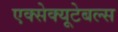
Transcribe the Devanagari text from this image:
एक्सेक्यूटेबल्स